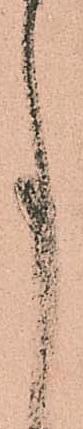
事